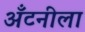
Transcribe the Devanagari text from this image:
अँटनीला